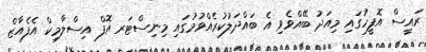
ރައީސް އޮފީހުގައި މިއަދު ބޭއްވެވި އެ ބައްދަލުކުރެއްވުމުގައި މިނިސްޓަރ އޮފް އިސްލާމިކް އެފެއާޒް